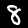
Digit: 8